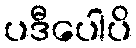
ပဒီပေါပိ